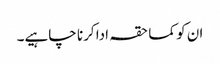
ان کو کما حقہ ادا کرنا چاہیے۔